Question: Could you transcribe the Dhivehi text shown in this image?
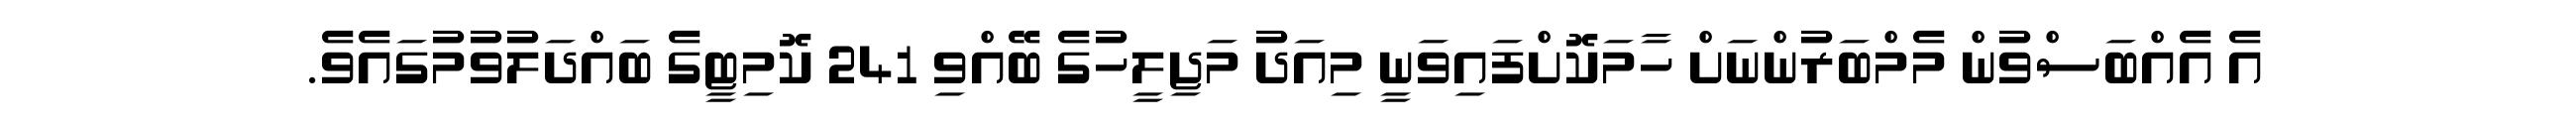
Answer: އެ އެއްބަސްވުން މެމްބަރުންނަށް ހާމަކޮށްފައިވަނީ މިއަދު މަޖިލީހުގެ ބޭއްވި 241 ކޮމިޓީގެ ބައްދަލުވުމުގައެވެ.